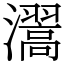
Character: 瀥